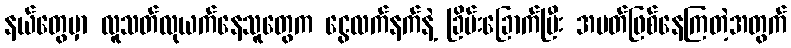
နယ်တွေမှာ လူသတ်လုယက်နေသူတွေက ငွေလက်နက်နဲ့ ခြိမ်းခြောက်ပြီး အမတ်ဖြစ်နေကြတဲ့အတွက်